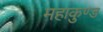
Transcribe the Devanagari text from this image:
महाकुण्ड